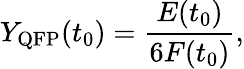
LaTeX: Y_{\mathrm{QFP}}(t_{0})=\frac{E(t_{0})}{6F(t_{0})},